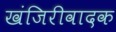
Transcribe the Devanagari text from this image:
खंजिरीवादक